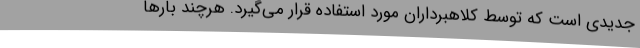
جدیدی است که توسط کلاهبرداران مورد استفاده قرار می‌گیرد. هرچند بارها